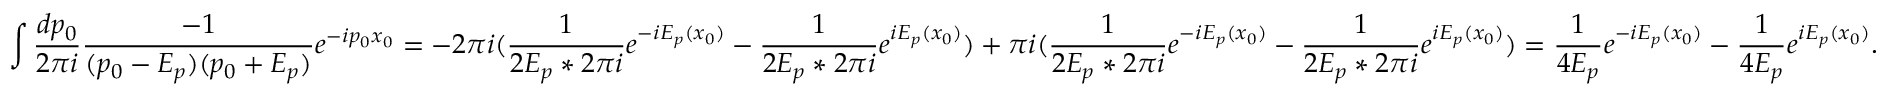
\int \frac { d p _ { 0 } } { 2 \pi i } \frac { - 1 } { ( p _ { 0 } - E _ { p } ) ( p _ { 0 } + E _ { p } ) } e ^ { - i p _ { 0 } x _ { 0 } } = - 2 \pi i ( \frac { 1 } { 2 E _ { p } * 2 \pi i } e ^ { - i E _ { p } ( x _ { 0 } ) } - \frac { 1 } { 2 E _ { p } * 2 \pi i } e ^ { i E _ { p } ( x _ { 0 } ) } ) + \pi i ( \frac { 1 } { 2 E _ { p } * 2 \pi i } e ^ { - i E _ { p } ( x _ { 0 } ) } - \frac { 1 } { 2 E _ { p } * 2 \pi i } e ^ { i E _ { p } ( x _ { 0 } ) } ) = \frac { 1 } { 4 E _ { p } } e ^ { - i E _ { p } ( x _ { 0 } ) } - \frac { 1 } { 4 E _ { p } } e ^ { i E _ { p } ( x _ { 0 } ) } .